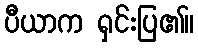
ပီယာက ရှင်းပြ၏။